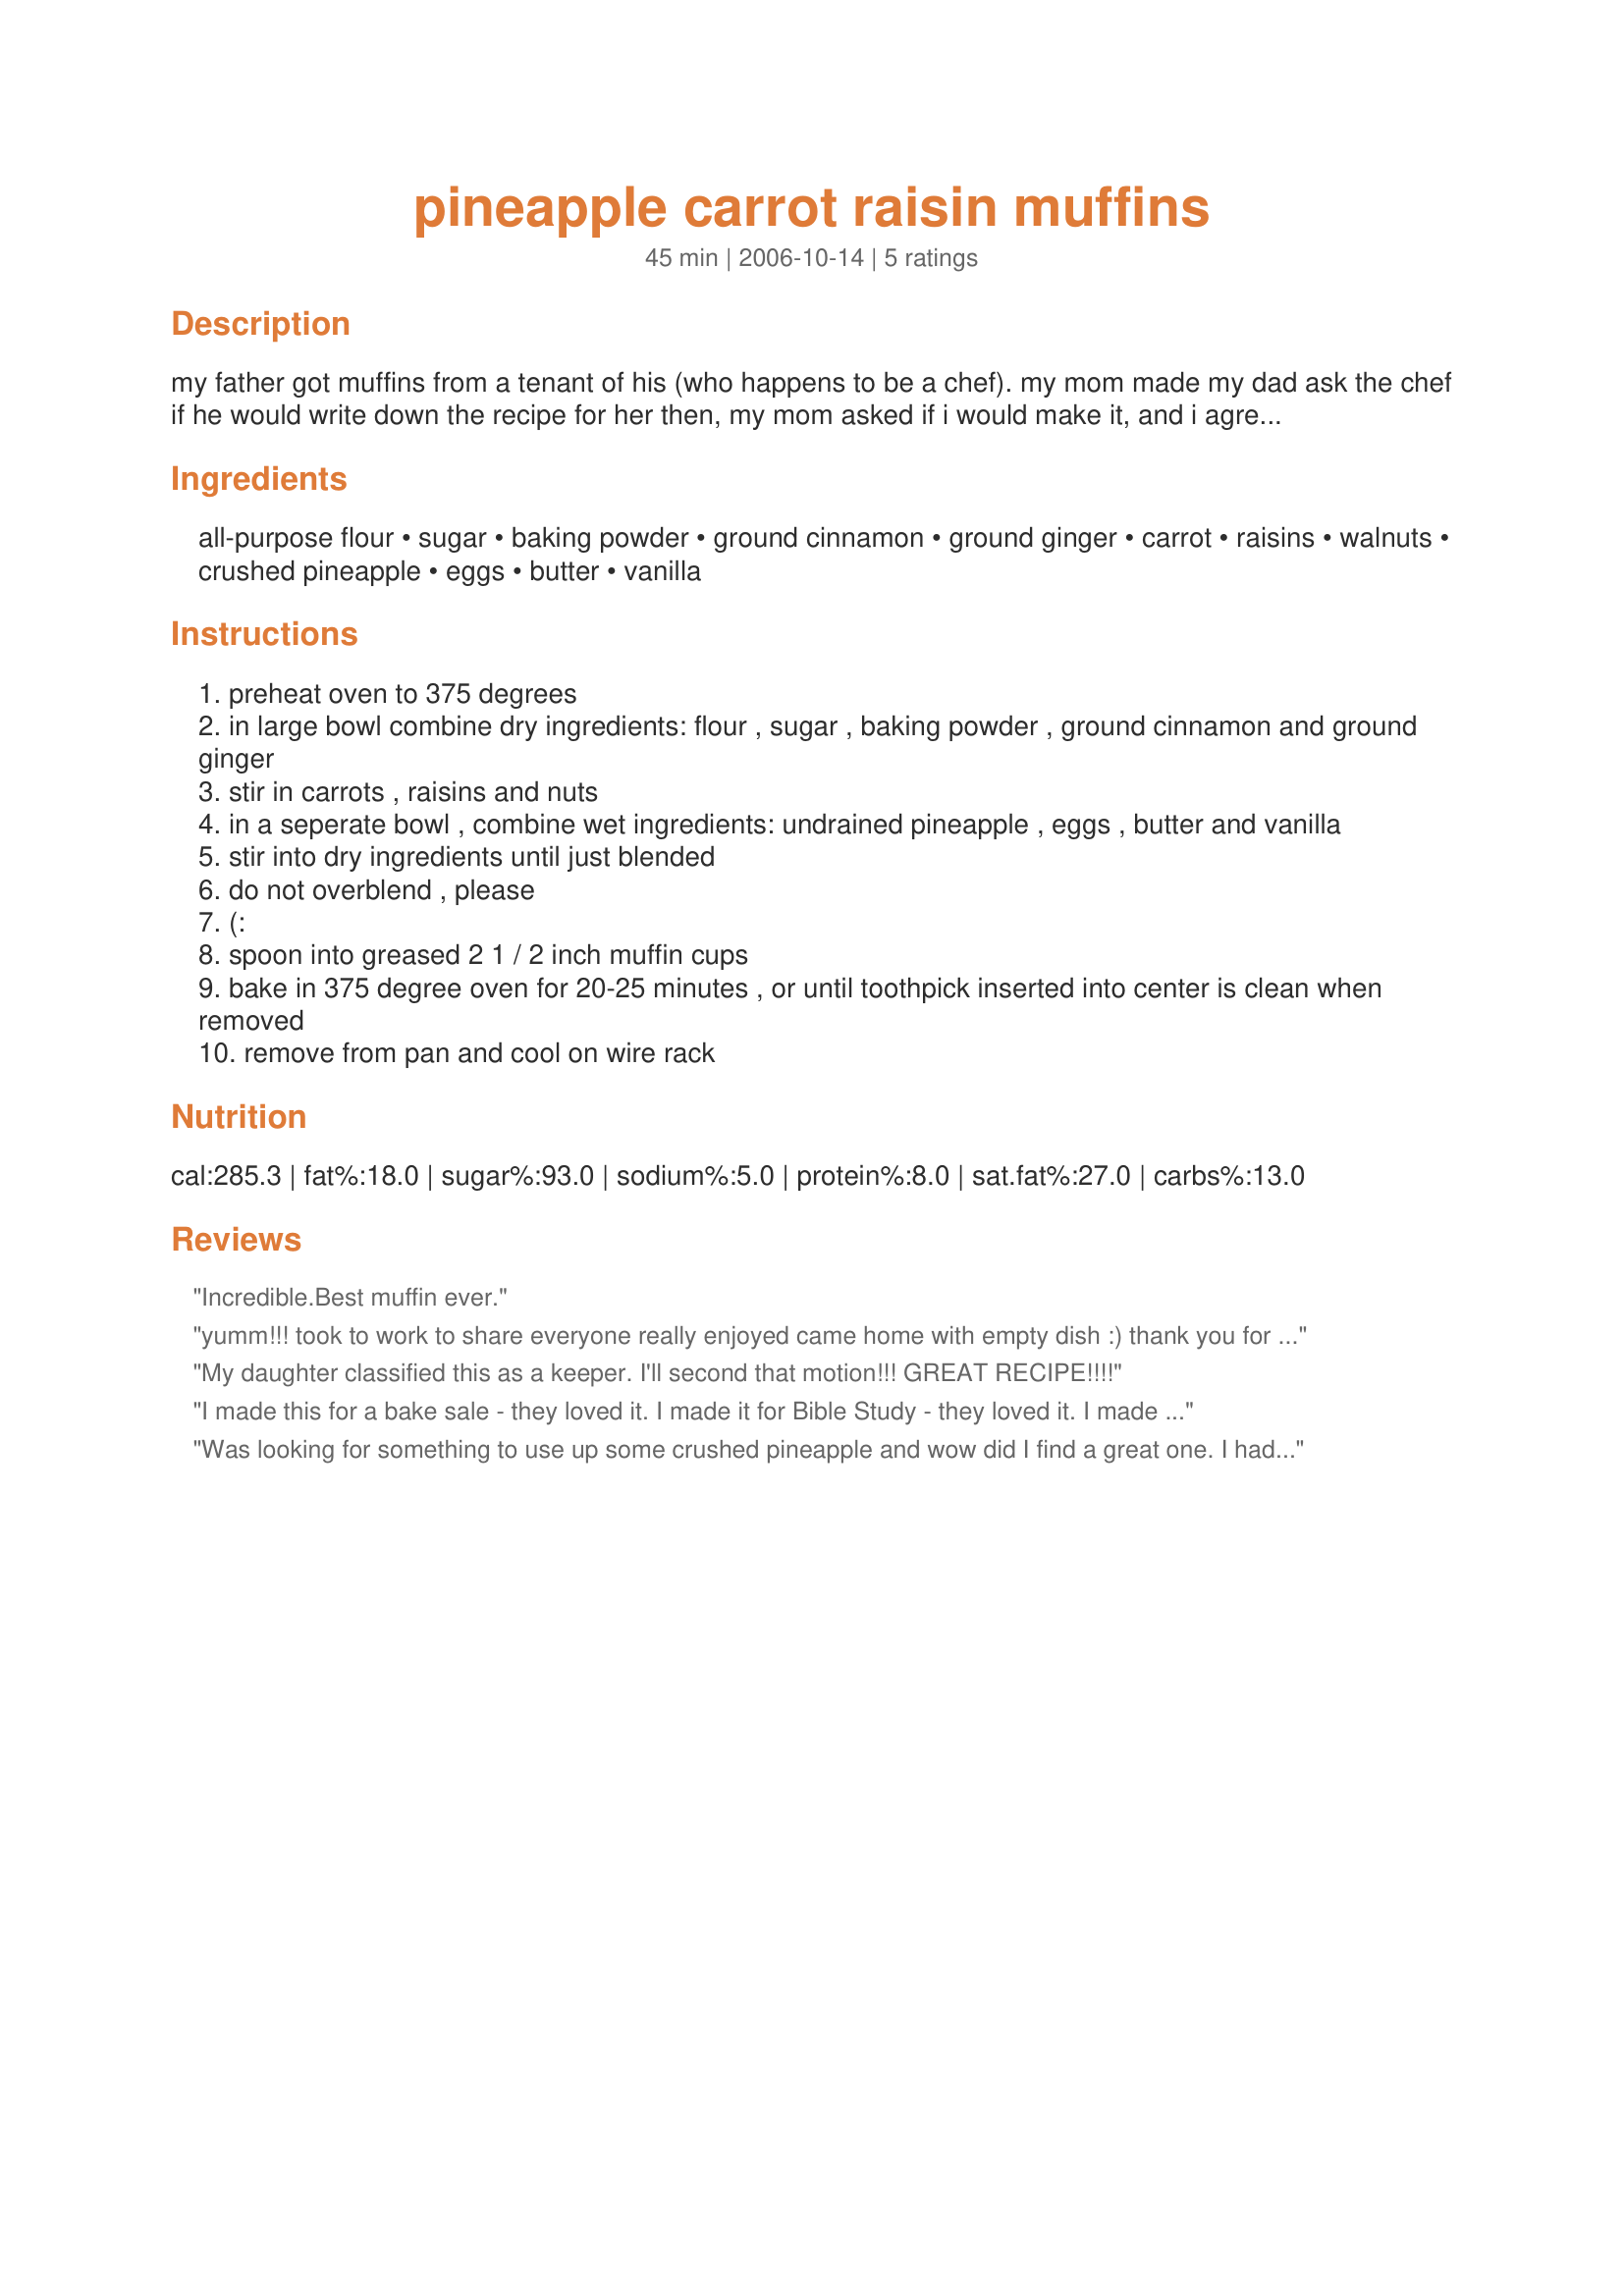
pineapple carrot raisin muffins
Preparation time: 45 minutes

my father got muffins from a tenant of his (who happens to be a chef). my mom made my dad ask the chef if he would write down the recipe for her then, my mom asked if i would make it, and i agreed with a sort of "ehhh, pineapple??" attitude. haha. well, it's delicious! it's light and sweet. and i baked mine until they sort of got crsip around the edges (crunchy muffin tops are lovely in my opinion). the original recipe calls for walnuts, but i personally use chopped almonds instead.

Ingredients:
all-purpose flour, sugar, baking powder, ground cinnamon, ground ginger, carrot, raisins, walnuts, crushed pineapple, eggs, butter, vanilla

Steps:
preheat oven to 375 degrees
in large bowl combine dry ingredients: flour , sugar , baking powder , ground cinnamon and ground ginger
stir in carrots , raisins and nuts
in a seperate bowl , combine wet ingredients: undrained pineapple , eggs , butter and vanilla
stir into dry ingredients until just blended
do not overblend , please
(:
spoon into greased 2 1 / 2 inch muffin cups
bake in 375 degree oven for 20-25 minutes , or until toothpick inserted into center is clean when removed
remove from pan and cool on wire rack

Reviews:
Incredible.Best muffin ever.
yumm!!! took to work to share everyone really enjoyed came home with empty dish :) thank you for shring recipe.i baked mine at 350 for about 25 minutes.
My daughter classified this as a keeper. I'll second that motion!!! GREAT RECIPE!!!!
I made this for a bake sale - they loved it. I made it for Bible Study - they loved it. I made it for my husband - he loved it. Get the idea?
Was looking for something to use up some crushed pineapple and wow did I find a great one. I had one fresh from the oven and loved the crisp crust and all the flavors but was a bit sweet. I may try half pineapple and half apple. Will try one cold to see the difference, what was wonderful warm.
